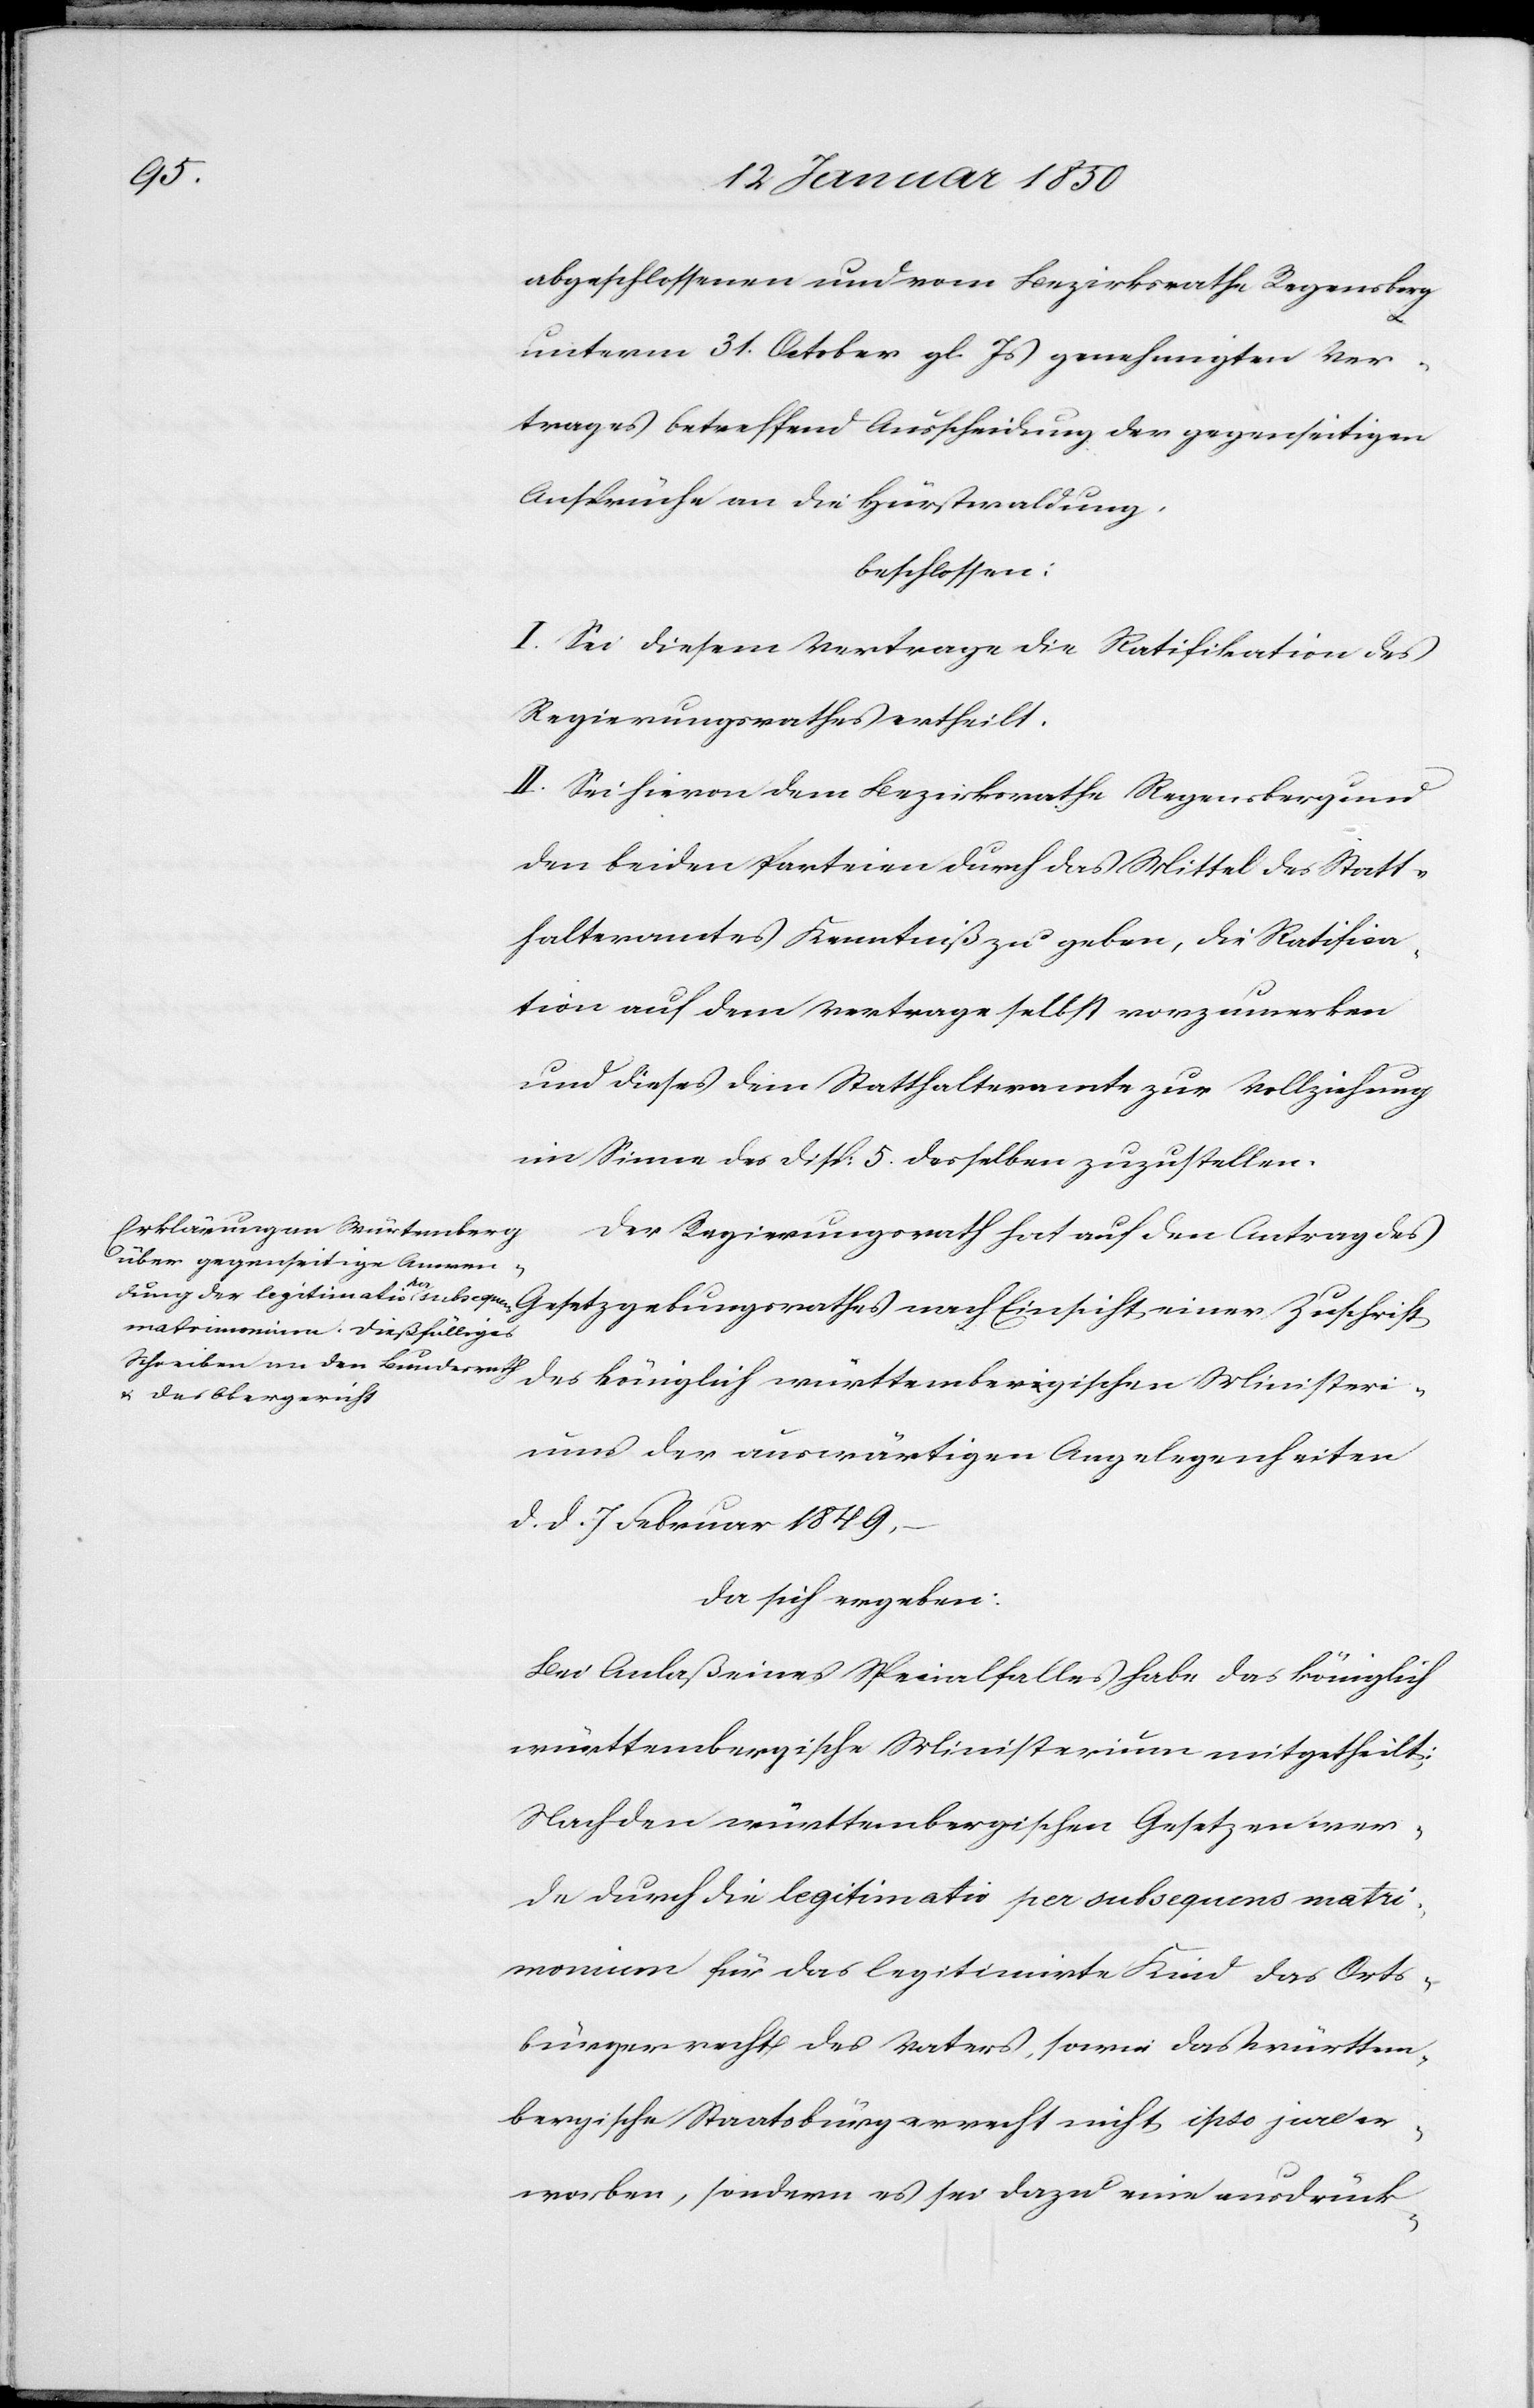
abgeschlossenen und vom Bezirksrathe Regensberg
unterm 31. October gl. Js genehmigten Ver¬
trages betreffend Ausscheidung der gegenseitigen
Ansprüche an die Hürstwaldung,
beschlossen:
I. Sei diesem Vertrage die Ratifikation des
Regierungsrathes ertheilt.
II. Sei hievon dem Bezirksrathe Regensberg und
den beiden Parteien durch das Mittel des Statt¬
halteramtes Kenntniß zu geben, die Ratifica¬
tion auf dem Vertrage selbst vorzumerken
und dieses dem Statthalteramte zur Vollziehung
im Sinne des Disp: 5. desselben zuzustellen.
Der Regierungsrath hat auf den Antrag des
d. d. 7. Februar 1849,
da sich ergeben:
Bei Anlaß eines Specialfalles habe das königlich
württembergische Ministerium mitgetheilt:
Nach den württembergischen Gesetzen wer¬
de durch die legitimatio per subsequens matri¬
monium für das legitimirte Kind das Orts¬
bürgerrecht des Vaters, sowie das Württem¬
bergische Staatsbürgerrecht nicht ipso jure er¬
worben, sondern es sei dazu eine ausdrück-